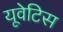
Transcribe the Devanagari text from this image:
यूवेटिस